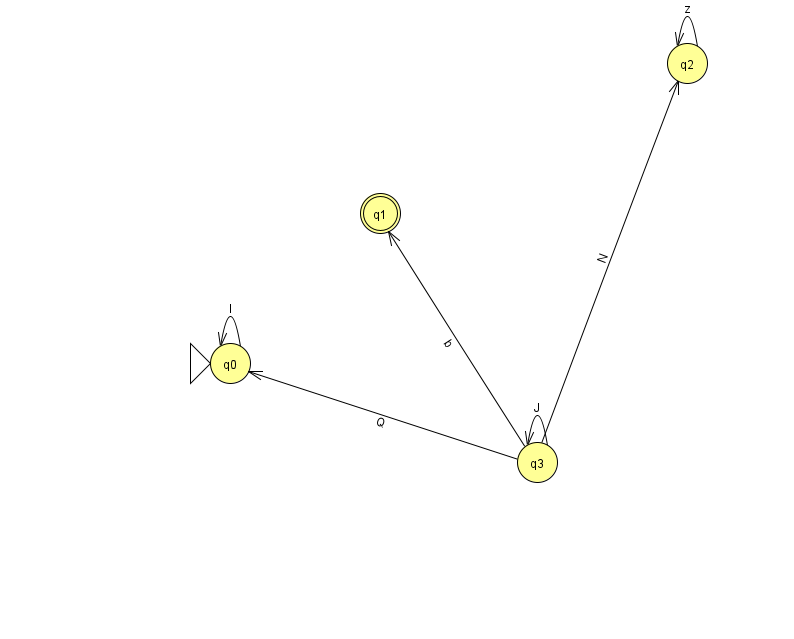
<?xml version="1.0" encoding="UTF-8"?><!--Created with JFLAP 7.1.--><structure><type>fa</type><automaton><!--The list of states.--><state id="0" name="q0"><x>230.0</x><y>350.0</y><initial/></state><state id="1" name="q1"><x>380.0</x><y>200.0</y><final/></state><state id="2" name="q2"><x>687.0</x><y>50.0</y></state><state id="3" name="q3"><x>537.0</x><y>449.0</y></state><!--The list of transitions.--><transition><from>3</from><to>1</to><read>b</read></transition><transition><from>3</from><to>2</to><read>N</read></transition><transition><from>0</from><to>0</to><read>I</read></transition><transition><from>2</from><to>2</to><read>z</read></transition><transition><from>3</from><to>3</to><read>J</read></transition><transition><from>3</from><to>0</to><read>Q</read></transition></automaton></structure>